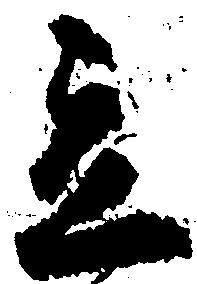
立